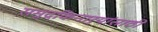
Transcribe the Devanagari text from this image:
समुद्रकिनार्‍यांसाठी